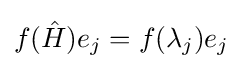
f({\hat {H}})e_{j}=f(\lambda _{j})e_{j}